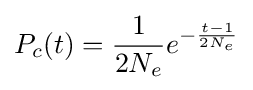
P_{c}(t)={\frac {1}{2N_{e}}}e^{-{\frac {t-1}{2N_{e}}}}